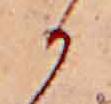
か